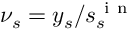
\nu _ { s } = y _ { s } / s _ { s } ^ { \mathrm { ~ i ~ n ~ } }